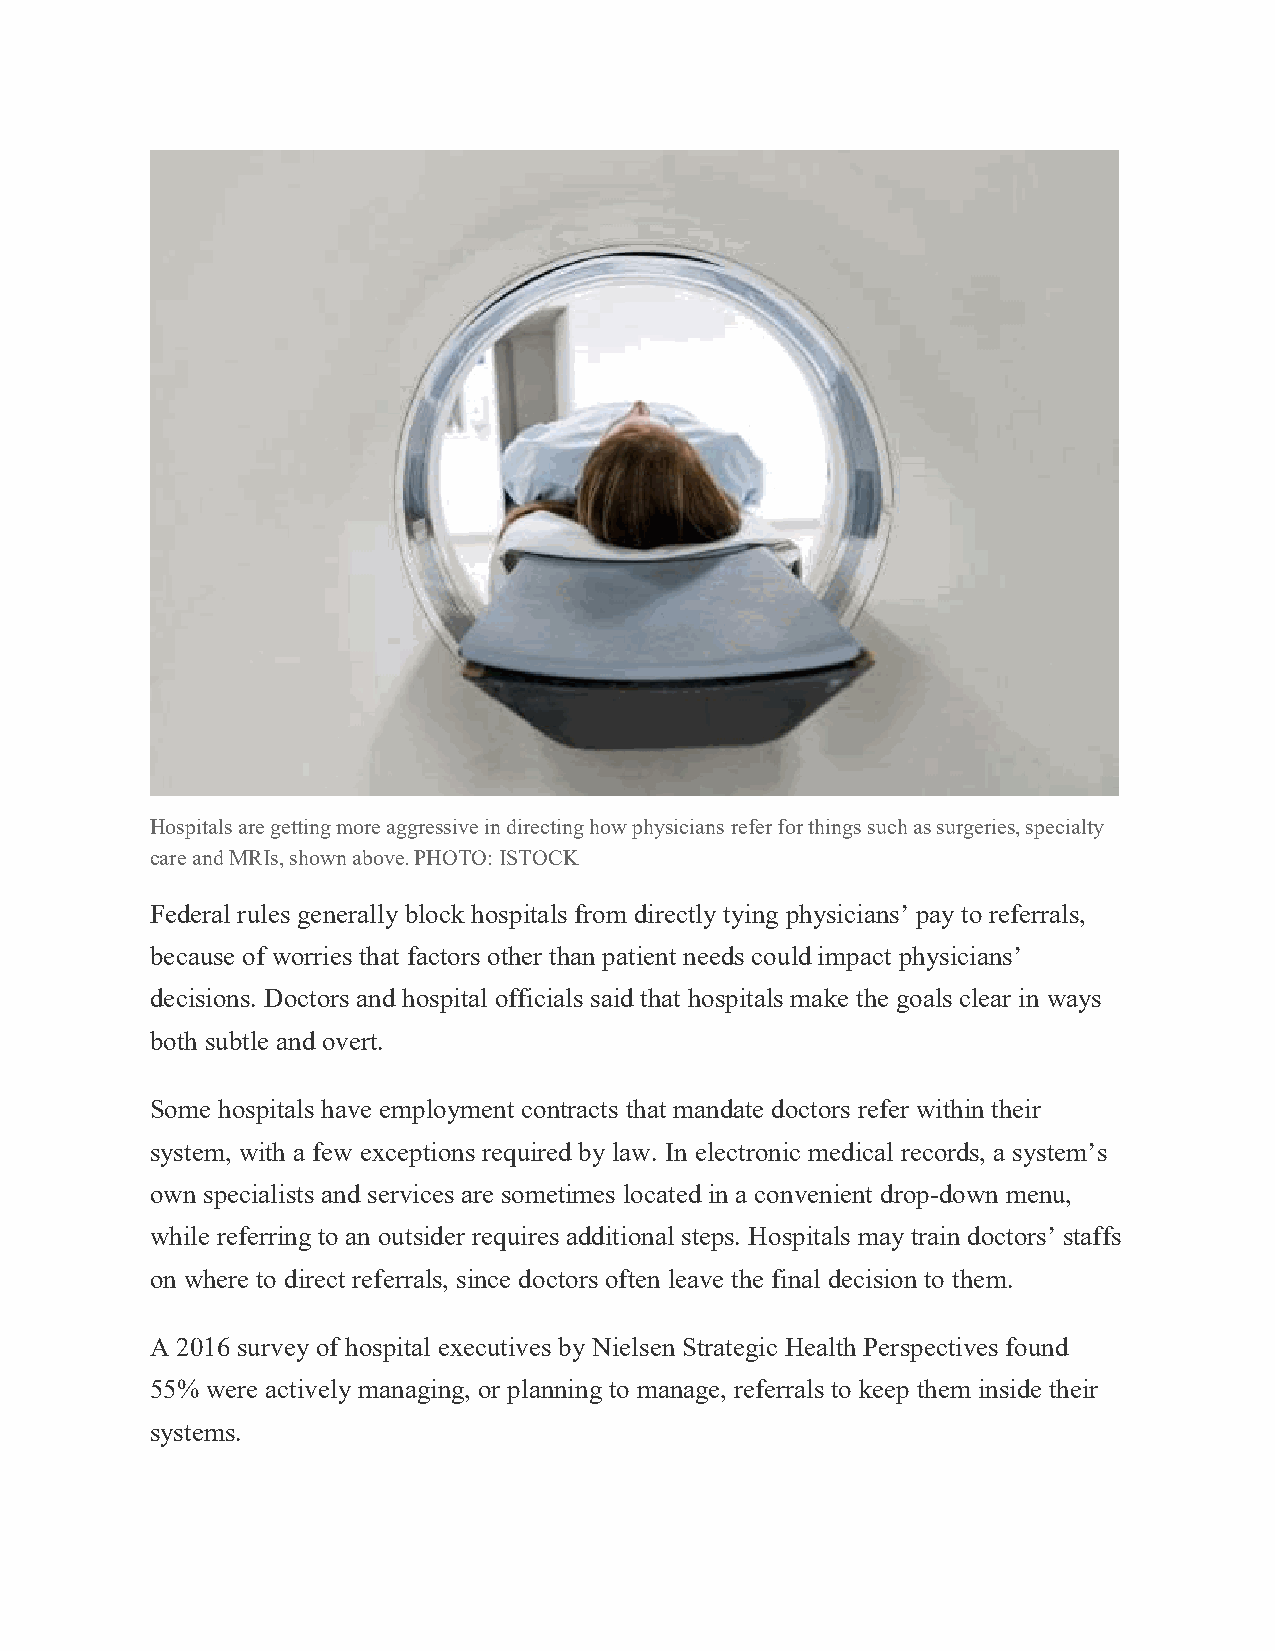
Hospitals are getting more aggressive in directing how physicians refer for things such as surgeries, specialty
 care and MRIs, shown above. PHOTO: ISTOCK
 Federal rules generally block hospitals from directly tying physicians’ pay to referrals,
 because of worries that factors other than patient needs could impact physicians’
 decisions. Doctors and hospital officials said that hospitals make the goals clear in ways
 both subtle and overt.
 Some hospitals have employment contracts that mandate doctors refer within their
 system, with a few exceptions required by law. In electronic medical records, a system’s
 own specialists and services are sometimes located in a convenient drop-down menu,
 while referring to an outsider requires additional steps. Hospitals may train doctors’ staffs
 on where to direct referrals, since doctors often leave the final decision to them.
 A 2016 survey of hospital executives by Nielsen Strategic Health Perspectives found
 55% were actively managing, or planning to manage, referrals to keep them inside their
 systems.